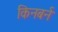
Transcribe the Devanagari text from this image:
किनबर्न